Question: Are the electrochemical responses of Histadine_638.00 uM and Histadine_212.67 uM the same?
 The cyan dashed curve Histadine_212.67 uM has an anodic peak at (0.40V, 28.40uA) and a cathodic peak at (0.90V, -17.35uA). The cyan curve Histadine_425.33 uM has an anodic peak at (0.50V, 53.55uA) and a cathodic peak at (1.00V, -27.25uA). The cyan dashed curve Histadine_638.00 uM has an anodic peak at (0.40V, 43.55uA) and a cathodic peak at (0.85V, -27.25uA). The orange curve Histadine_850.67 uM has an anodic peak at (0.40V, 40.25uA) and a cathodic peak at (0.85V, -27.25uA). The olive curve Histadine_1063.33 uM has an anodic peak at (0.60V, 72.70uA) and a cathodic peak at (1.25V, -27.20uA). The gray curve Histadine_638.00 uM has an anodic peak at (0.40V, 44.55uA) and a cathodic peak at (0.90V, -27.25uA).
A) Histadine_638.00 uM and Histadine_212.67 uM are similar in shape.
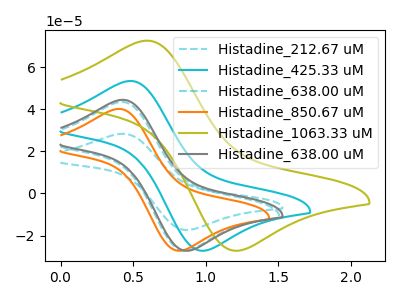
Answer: <think>All the peaks in "Histadine_638.00 uM" have a peak in "Histadine_212.67 uM" at the same potential. Every peak in "Histadine_638.00 uM" is higher than every peak in "Histadine_212.67 uM".
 </think>
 <answer>A) "Histadine_638.00 uM" and "Histadine_212.67 uM" are similar in shape.</answer>
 <eval>A</eval>